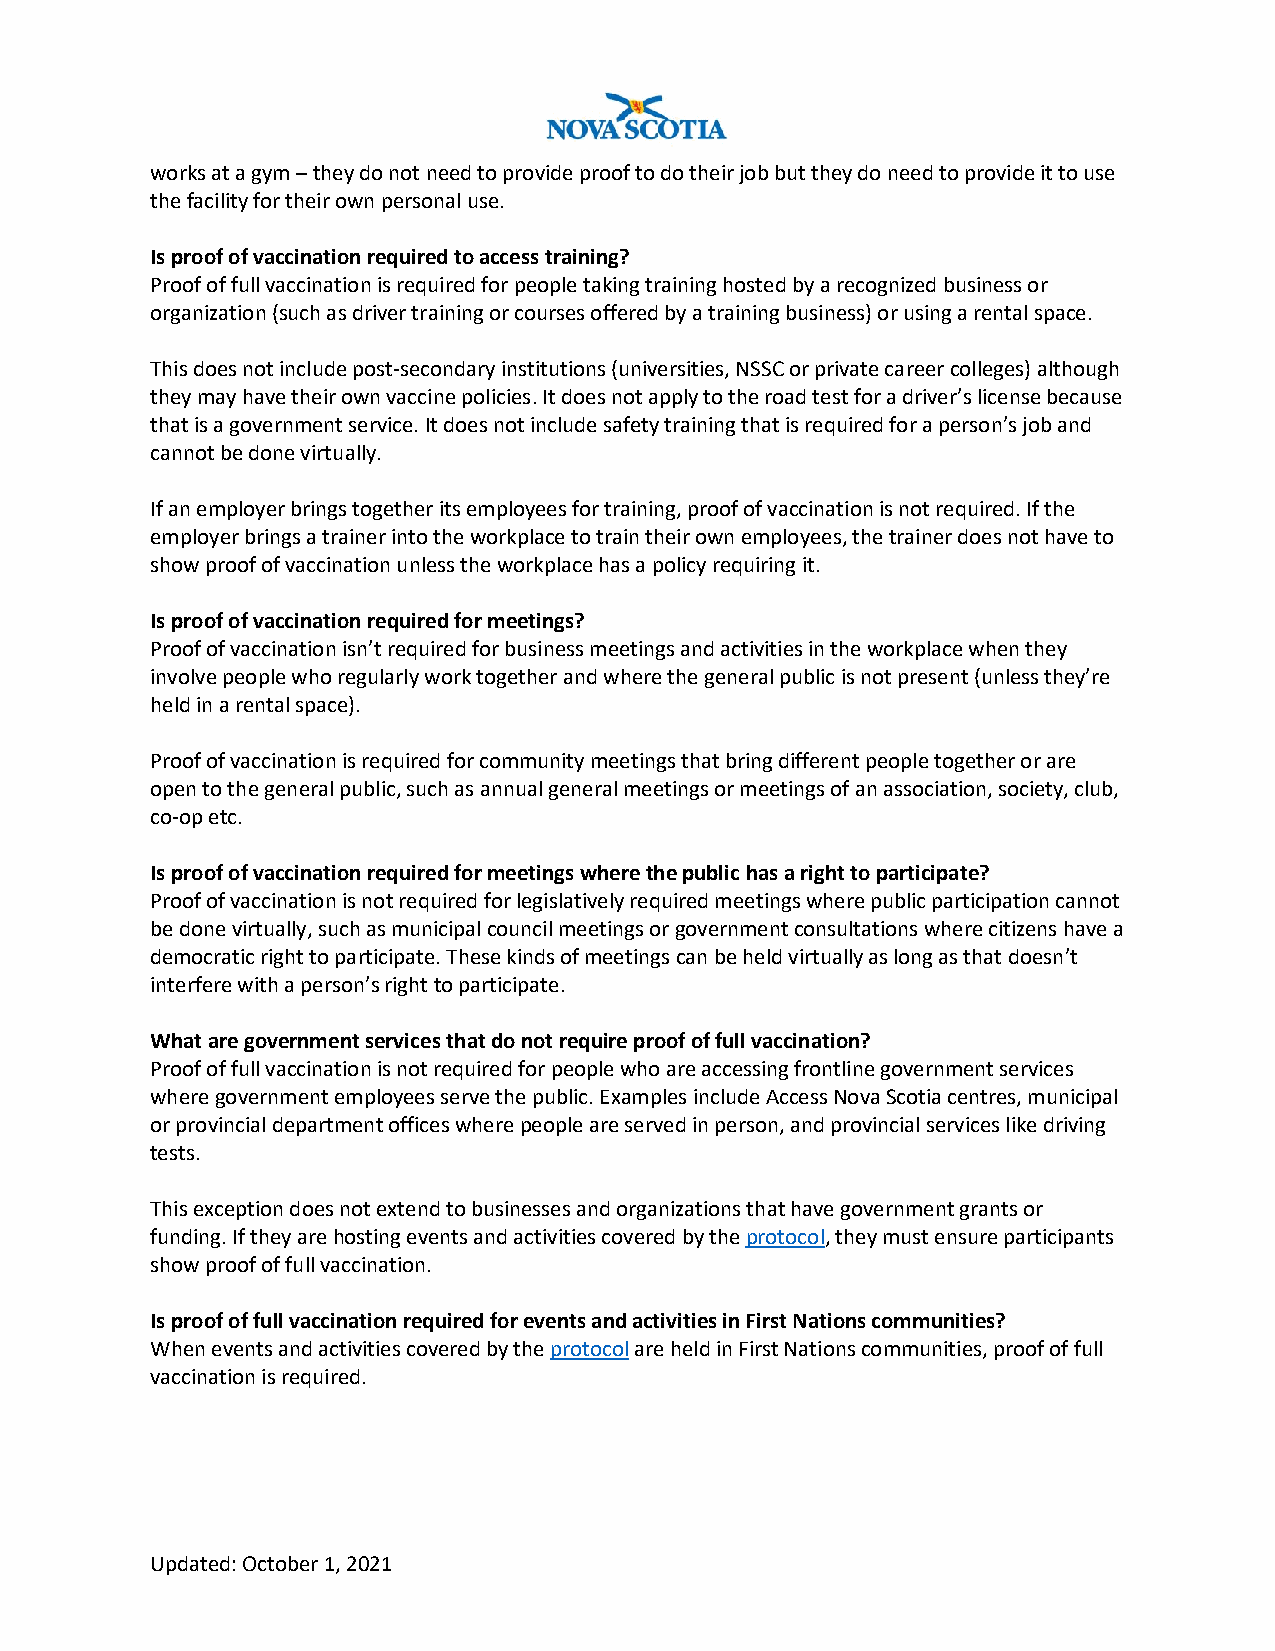
works at a gym – they do not need to provide proof to do their job but they do need to provide it to use
 the facility for their own personal use.
 Is proof of vaccination required to access training?
 Proof of full vaccination is required for people taking training hosted by a recognized business or
 organization (such as driver training or courses offered by a training business) or using a rental space.
 This does not include post-secondary institutions (universities, NSSC or private career colleges) although
 they may have their own vaccine policies. It does not apply to the road test for a driver’s license because
 that is a government service. It does not include safety training that is required for a person’s job and
 cannot be done virtually.
 If an employer brings together its employees for training, proof of vaccination is not required. If the
 employer brings a trainer into the workplace to train their own employees, the trainer does not have to
 show proof of vaccination unless the workplace has a policy requiring it.
 Is proof of vaccination required for meetings?
 Proof of vaccination isn’t required for business meetings and activities in the workplace when they
 involve people who regularly work together and where the general public is not present (unless they’re
 held in a rental space).
 Proof of vaccination is required for community meetings that bring different people together or are
 open to the general public, such as annual general meetings or meetings of an association, society, club,
 co-op etc.
 Is proof of vaccination required for meetings where the public has a right to participate?
 Proof of vaccination is not required for legislatively required meetings where public participation cannot
 be done virtually, such as municipal council meetings or government consultations where citizens have a
 democratic right to participate. These kinds of meetings can be held virtually as long as that doesn’t
 interfere with a person’s right to participate.
 What are government services that do not require proof of full vaccination?
 Proof of full vaccination is not required for people who are accessing frontline government services
 where government employees serve the public. Examples include Access Nova Scotia centres, municipal
 or provincial department offices where people are served in person, and provincial services like driving
 tests.
 This exception does not extend to businesses and organizations that have government grants or
 funding. If they are hosting events and activities covered by the protocol, they must ensure participants
 show proof of full vaccination.
 Is proof of full vaccination required for events and activities in First Nations communities?
 When events and activities covered by the protocol are held in First Nations communities, proof of full
 vaccination is required.
 Updated: October 1, 2021